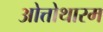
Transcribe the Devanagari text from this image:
ओत्तोथारम